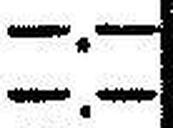
—.—